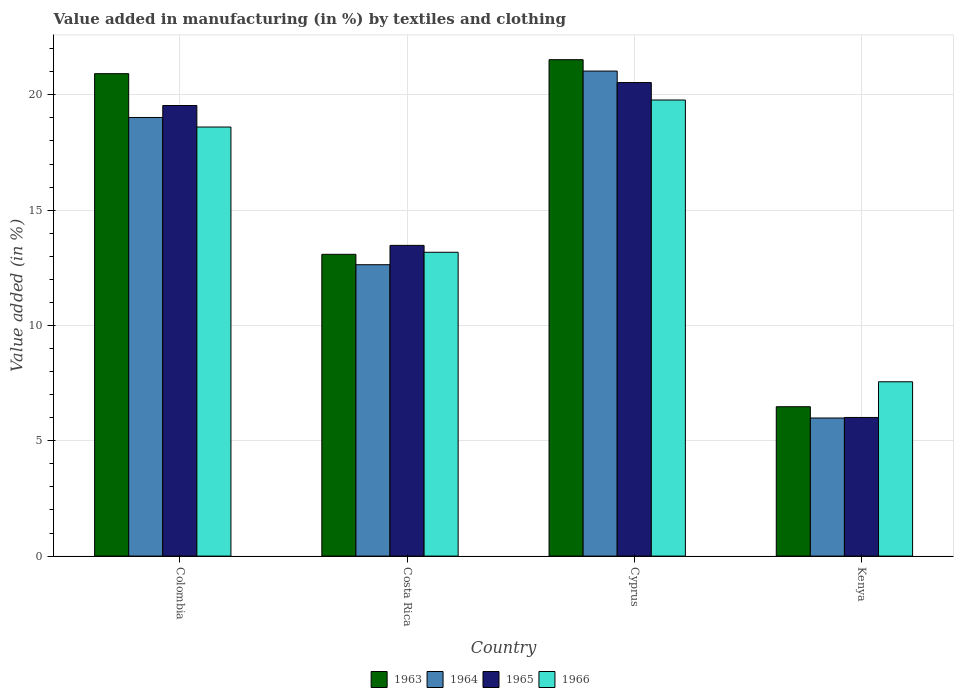
| Country | 1963 | 1964 | 1965 | 1966 |
 | --- | --- | --- | --- | --- |
 | Colombia | 20.9 | 19 | 19.5 | 18.6 |
 | Costa Rica | 13.1 | 12.6 | 13.5 | 13.2 |
 | Cyprus | 21.5 | 21 | 20.5 | 19.8 |
 | Kenya | 6.48 | 5.99 | 6.01 | 7.56 |